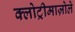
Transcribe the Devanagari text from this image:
क्लोट्रीमाज़ोले